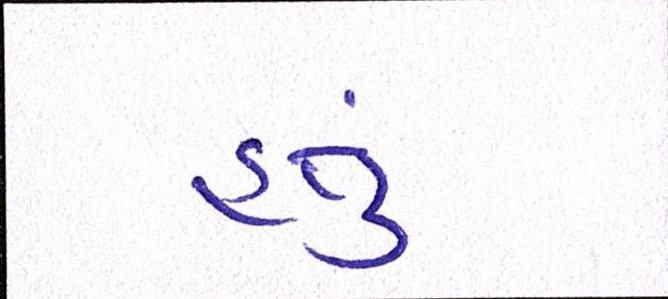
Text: હતું